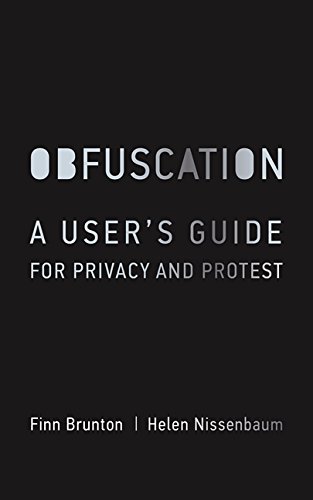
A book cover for Obfuscation: A User's Guide for Privacy and Protest; Finn Brunton; Computers & Technology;